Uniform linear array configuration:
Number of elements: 8
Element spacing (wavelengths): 1
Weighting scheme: kaiser
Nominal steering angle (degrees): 45
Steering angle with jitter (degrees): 43.876
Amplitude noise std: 0.05
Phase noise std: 0.05

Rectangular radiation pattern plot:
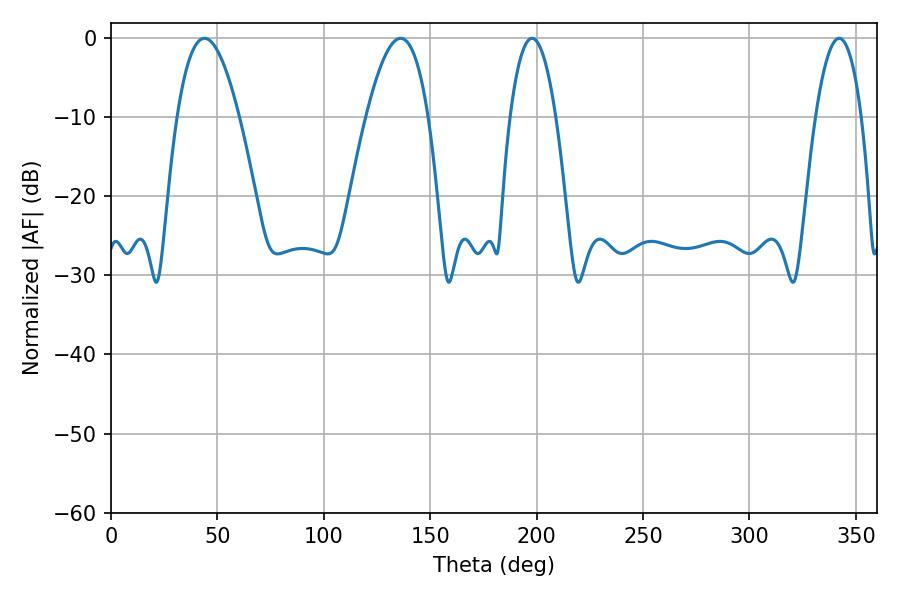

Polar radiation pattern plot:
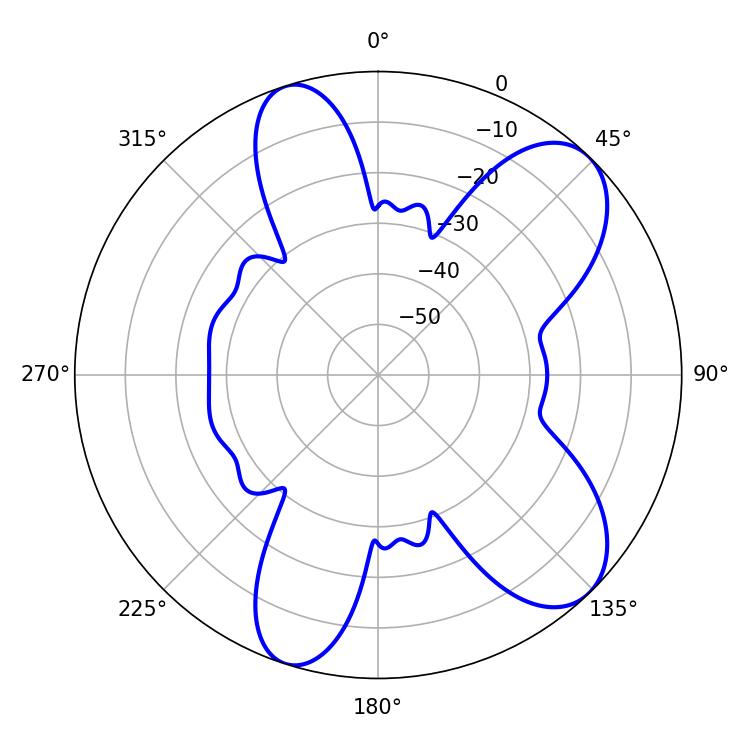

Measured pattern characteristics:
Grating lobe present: TRUE
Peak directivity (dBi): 8.511
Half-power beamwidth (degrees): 15.84
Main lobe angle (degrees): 43.92